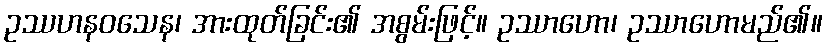
ဥဿဟနဝသေန၊ အားထုတ်ခြင်း၏ အစွမ်းဖြင့်။ ဥဿာဟော၊ ဥဿာဟောမည်၏။